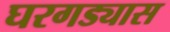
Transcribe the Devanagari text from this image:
घरगड्यास